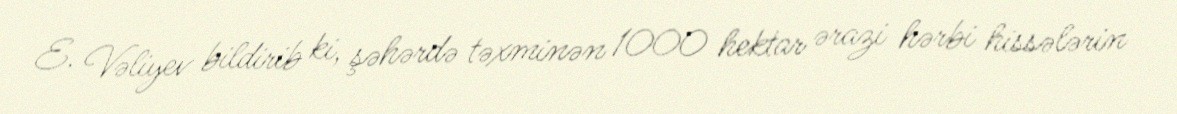
E. Vəliyev bildirib ki, şəhərdə təxminən 1000 hektar ərazi hərbi hissələrin